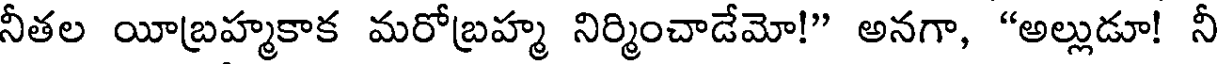
నీతల యీబ్రహ్మకాక మరోబ్రహ్మ నిర్మించాడేమో!" అనగా, "అల్లుడూ! నీ